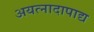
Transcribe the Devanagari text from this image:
अयत्नादापाद्य